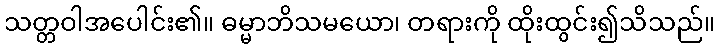
သတ္တဝါအပေါင်း၏။ ဓမ္မာဘိသမယော၊ တရားကို ထိုးထွင်း၍သိသည်။